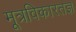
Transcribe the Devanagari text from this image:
मूत्रविकारतज्ञ